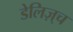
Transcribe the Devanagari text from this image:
डेलिज़्च